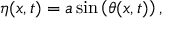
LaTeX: \eta ( x , t ) = a \sin \left( \theta ( x , t ) \right) ,